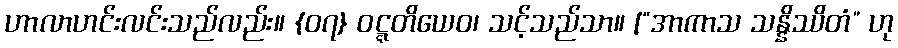
ဟာလာဟင်းလင်းသည်လည်း။ {၀၇} ဝဋ္ဋတိယေဝ၊ သင့်သည်သာ။ [“အာကာသ သန္နိဿိတံ” ဟု